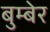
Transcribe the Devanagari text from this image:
बुम्बेर